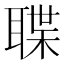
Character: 𮋶